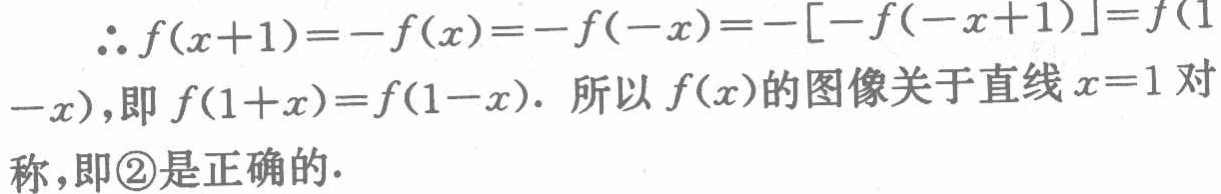
\(\therefore f(x + 1)=-f(x)=-f(-x)=-[-f(-x + 1)]=f(1 - x)\),即\(f(1 + x)=f(1 - x)\). 所以\(f(x)\)的图像关于直线\(x = 1\)对称,即\textcircled{2}是正确的.